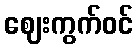
ဈေးကွက်ဝင်